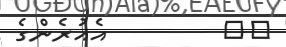
٢٥         އެއުރެންގެ